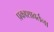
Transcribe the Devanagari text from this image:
प्रकाशावर्तना